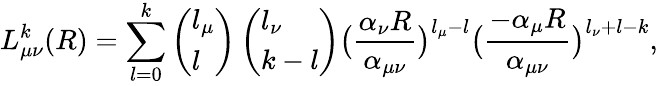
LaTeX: L_{\mu\nu}^{k}(R)=\sum_{l=0}^{k}\left(\begin{array}{l}{l_{\mu}}\\ {l}\end{array}\right)\left(\begin{array}{l}{l_{\nu}}\\ {k-l}\end{array}\right)\big(\frac{\alpha_{\nu}R}{\alpha_{\mu\nu}}\big)^{l_{\mu}-l}\big(\frac{-\alpha_{\mu}R}{\alpha_{\mu\nu}}\big)^{l_{\nu}+l-k},